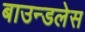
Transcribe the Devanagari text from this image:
बाउन्डलेस